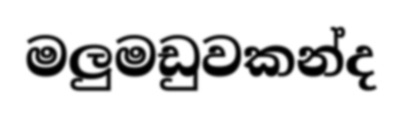
මලුමඩුවකන්ද